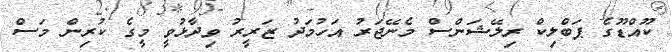
ކޫއްޑޫގެ ޕަބްލިކް ރިލޭޝަންސް މެނޭޖަރު އަހުމަދު ޒަރީރު ވިދާޅުވީ މީގެ ކުރިން މަސް